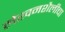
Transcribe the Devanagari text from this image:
लेखनशैलीचा